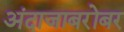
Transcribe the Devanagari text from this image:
अंदाजाबरोबर